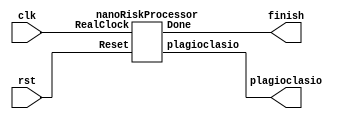
module nanoRiskProcessor2(clk,rst,finish,plagioclasio);
	input clk, rst;
	output finish;
	output[7:0] plagioclasio;
	nanoRiskProcessor nRp(clk,rst,finish,plagioclasio);
	
endmodule

module nanoRiskProcessor(RealClock, Reset, Done,plagioclasio);
	integer i;
	input RealClock, Reset;
	output Done;
	output[7:0] plagioclasio;
	reg[7:0] registers[0:15];
	reg[7:0] data_memory[0:255];
	reg[7:0] inst_memory[0:255];

	reg Clock;

	reg[7:0] next;
	reg[7:0] ghost[1:0];


	reg[3:0] instruction;
	reg[3:0] R0_id,R1_id,R2_id;
	reg[7:0] Extra,Memaddr;
	
	assign plagioclasio = registers[13];
  assign Done = instruction==0;
	always@(posedge RealClock)
	begin
		ghost[Clock]=inst_memory[next];
		Clock=~Clock;
		next=next+1;
		


		if(next[0]==0)
		begin
		instruction=ghost[0][7:4];
		R0_id=ghost[0][3:0];
		R1_id=ghost[1][7:4];
		R2_id=ghost[1][3:0];
		Extra=ghost[1];
		Memaddr=registers[R1_id]+R2_id;
		case(instruction)
			4'b0000://SLP
			begin
				if(registers[R0_id]==0)
					next=next-2;
			end


			4'b0001://BRQ
			begin
				if(registers[R0_id]==registers[R1_id])
					next=registers[R2_id];
			end

			4'b0010://BRF
			begin
				if(registers[R0_id]&registers[R1_id]>0)
				begin
					registers[R0_id]=registers[R0_id]-registers[R1_id];
					next=registers[R2_id];
				end
			end

			4'b0011://ADD
			begin
				if(registers[R1_id]>=8'b10000000 && registers[R2_id]>=8'b10000000 && registers[R1_id]+registers[R2_id]<8'b10000000)
					registers[1][1]=1;//negative overflow
				if(registers[R1_id]<8'b10000000 && registers[R2_id]<8'b10000000 && registers[R1_id]+registers[R2_id]>=8'b10000000)
					registers[1][0]=1;//positive overflow

				registers[R0_id]=registers[R1_id]+registers[R2_id];
			end


			4'b0100://SUB
			begin
				if(registers[R1_id]<8'b10000000 && registers[R2_id]>=8'b10000000 && registers[R1_id]-registers[R2_id]>=8'b10000000)
					registers[1][1]=1;//negative overflow

				registers[R0_id]=registers[R1_id]-registers[R2_id];
			end

			4'b0101://AND
			begin
				registers[R0_id]=registers[R1_id]&registers[R2_id];
			end


			4'b0110://OR
			begin
				registers[R0_id]=registers[R1_id]|registers[R2_id];
			end

			4'b0111://NOR
			begin
				registers[R0_id]=~(registers[R1_id]|registers[R2_id]);
			end

			4'b1000://SLT
			begin
				if(registers[R1_id]<registers[R2_id])
					registers[R0_id]=8'b11111111;
				else
					registers[R0_id]=8'b00000000;
			end


			4'b1001://SR
			begin
				registers[R0_id]=registers[R1_id]>>registers[R2_id];
			end

			4'b1010://SL
			begin
				registers[R0_id]=registers[R1_id]<<registers[R2_id];
			end

			4'b1011://JR
			begin
				if(inst_memory[next][7:4]==4'b0011&&inst_memory[next+1]==8'b00100000)//jal
				begin
					registers[inst_memory[next][3:0]]<=next+2;
					if(R0_id==0)
						next<=Extra;
					else
						next<=registers[R0_id];
				end
				else
				begin
					registers[2]<=next;
					if(R0_id==0)
						next<=Extra;
					else
						next<=registers[R0_id];
				end
			end


			4'b1100://LA
			begin
				registers[R0_id]=Extra;
			end

			4'b1101://LC
			begin
				registers[R0_id]=Extra;
			end


			4'b1110://LW
			begin
				registers[R0_id]=data_memory[Memaddr];
			end

			4'b1111://SW
			begin
				data_memory[Memaddr]=registers[R0_id];
			end

		endcase
		end
	end

	initial //or always@(Reset)
	begin
		next=0;
		ghost[0]=0;
		ghost[1]=0;
		Clock=0;
		instruction=0;
		R0_id=0;
		R1_id=0;
		R2_id=0;
		Extra=0;
		Memaddr=0;
		for(i=0;i<16;i=i+1)
			registers[i]=0;
		for(i=0;i<256;i=i+1)
			data_memory[i]=0;
		for(i=0;i<256;i=i+1)
			inst_memory[i]=0;
		// code down here	

data_memory[0]=8'b00000001;
data_memory[1]=8'b00101100;
data_memory[2]=8'b00000000;
data_memory[3]=8'b10010110;
data_memory[4]=8'b00000010;
data_memory[5]=8'b10011010;
data_memory[6]=8'b00000001;
data_memory[7]=8'b01100101;
data_memory[8]=8'b00000000;
data_memory[9]=8'b11011100;
data_memory[10]=8'b00000001;
data_memory[11]=8'b11100000;
data_memory[12]=8'b00000001;
data_memory[13]=8'b00010100;
data_memory[14]=8'b00000010;
data_memory[15]=8'b10011010;
data_memory[16]=8'b00000001;
data_memory[17]=8'b00000010;
data_memory[18]=8'b00000010;
data_memory[19]=8'b00001000;
data_memory[20]=8'b00101000;
data_memory[21]=8'b00011010;
data_memory[22]=8'b00011100;
data_memory[23]=8'b00010000;









inst_memory[0]=8'b11000111;
inst_memory[1]=8'b00010000;
inst_memory[2]=8'b11001000;
inst_memory[3]=8'b00010100;
inst_memory[4]=8'b11100111;
inst_memory[5]=8'b01110000;
inst_memory[6]=8'b11101000;
inst_memory[7]=8'b10000000;
inst_memory[8]=8'b11010010;
inst_memory[9]=8'b10000000;
inst_memory[10]=8'b10110010;
inst_memory[11]=8'b00000000;
inst_memory[12]=8'b00110100;
inst_memory[13]=8'b00100000;
inst_memory[14]=8'b00111011;
inst_memory[15]=8'b01010000;
inst_memory[16]=8'b00111100;
inst_memory[17]=8'b01100000;
inst_memory[18]=8'b11000111;
inst_memory[19]=8'b00010001;
inst_memory[20]=8'b11001000;
inst_memory[21]=8'b00010101;
inst_memory[22]=8'b11100111;
inst_memory[23]=8'b01110000;
inst_memory[24]=8'b11101000;
inst_memory[25]=8'b10000000;
inst_memory[26]=8'b11010010;
inst_memory[27]=8'b10000000;
inst_memory[28]=8'b10110010;
inst_memory[29]=8'b00000000;
inst_memory[30]=8'b00110100;
inst_memory[31]=8'b00100000;
inst_memory[32]=8'b00111011;
inst_memory[33]=8'b01011011;
inst_memory[34]=8'b00111100;
inst_memory[35]=8'b01101100;
inst_memory[36]=8'b11000111;
inst_memory[37]=8'b00010010;
inst_memory[38]=8'b11001000;
inst_memory[39]=8'b00010110;
inst_memory[40]=8'b11100111;
inst_memory[41]=8'b01110000;
inst_memory[42]=8'b11101000;
inst_memory[43]=8'b10000000;
inst_memory[44]=8'b11010010;
inst_memory[45]=8'b10000000;
inst_memory[46]=8'b10110010;
inst_memory[47]=8'b00000000;
inst_memory[48]=8'b00110100;
inst_memory[49]=8'b00100000;
inst_memory[50]=8'b00111011;
inst_memory[51]=8'b01011011;
inst_memory[52]=8'b00111100;
inst_memory[53]=8'b01101100;
inst_memory[54]=8'b11000111;
inst_memory[55]=8'b00010011;
inst_memory[56]=8'b11001000;
inst_memory[57]=8'b00010111;
inst_memory[58]=8'b11100111;
inst_memory[59]=8'b01110000;
inst_memory[60]=8'b11101000;
inst_memory[61]=8'b10000000;
inst_memory[62]=8'b11010010;
inst_memory[63]=8'b10000000;
inst_memory[64]=8'b10110010;
inst_memory[65]=8'b00000000;
inst_memory[66]=8'b00110100;
inst_memory[67]=8'b00100000;
inst_memory[68]=8'b00111100;
inst_memory[69]=8'b01101100;
inst_memory[70]=8'b00111011;
inst_memory[71]=8'b01011011;
inst_memory[72]=8'b11010111;
inst_memory[73]=8'b00000010;
inst_memory[74]=8'b11010010;
inst_memory[75]=8'b01010000;
inst_memory[76]=8'b00100001;
inst_memory[77]=8'b01110010;
inst_memory[78]=8'b10110000;
inst_memory[79]=8'b01010100;
inst_memory[80]=8'b11010010;
inst_memory[81]=8'b00000001;
inst_memory[82]=8'b00111100;
inst_memory[83]=8'b11000010;
inst_memory[84]=8'b00110001;
inst_memory[85]=8'b00000000;
inst_memory[86]=8'b11011101;
inst_memory[87]=8'b00000000;
inst_memory[88]=8'b11001110;
inst_memory[89]=8'b00000000;
inst_memory[90]=8'b11010010;
inst_memory[91]=8'b00001000;
inst_memory[92]=8'b10000111;
inst_memory[93]=8'b11010010;
inst_memory[94]=8'b11010010;
inst_memory[95]=8'b01111010;
inst_memory[96]=8'b00010111;
inst_memory[97]=8'b00000010;
inst_memory[98]=8'b11101001;
inst_memory[99]=8'b11100000;
inst_memory[100]=8'b11101000;
inst_memory[101]=8'b11100001;
inst_memory[102]=8'b01001001;
inst_memory[103]=8'b10011100;
inst_memory[104]=8'b01001000;
inst_memory[105]=8'b10001011;
inst_memory[106]=8'b00110111;
inst_memory[107]=8'b10011000;
inst_memory[108]=8'b11010010;
inst_memory[109]=8'b01111010;
inst_memory[110]=8'b00010000;
inst_memory[111]=8'b01110010;
inst_memory[112]=8'b11010010;
inst_memory[113]=8'b00000001;
inst_memory[114]=8'b00111101;
inst_memory[115]=8'b11010010;
inst_memory[116]=8'b11010010;
inst_memory[117]=8'b00000010;
inst_memory[118]=8'b00111110;
inst_memory[119]=8'b11100010;
inst_memory[120]=8'b10110000;
inst_memory[121]=8'b01011010;
inst_memory[122]=8'b11010010;
inst_memory[123]=8'b00000001;
inst_memory[124]=8'b00111101;
inst_memory[125]=8'b11010010;
inst_memory[126]=8'b00000001;
inst_memory[127]=8'b00000000;
inst_memory[128]=8'b11010010;
inst_memory[129]=8'b00000001;
inst_memory[130]=8'b01000011;
inst_memory[131]=8'b00110010;
inst_memory[132]=8'b11111011;
inst_memory[133]=8'b00110000;
inst_memory[134]=8'b11010010;
inst_memory[135]=8'b00000001;
inst_memory[136]=8'b01000011;
inst_memory[137]=8'b00110010;
inst_memory[138]=8'b11111100;
inst_memory[139]=8'b00110000;
inst_memory[140]=8'b10001011;
inst_memory[141]=8'b01111000;
inst_memory[142]=8'b11010010;
inst_memory[143]=8'b10011000;
inst_memory[144]=8'b00011011;
inst_memory[145]=8'b00000010;
inst_memory[146]=8'b00111011;
inst_memory[147]=8'b01110000;
inst_memory[148]=8'b00111100;
inst_memory[149]=8'b10000000;
inst_memory[150]=8'b10110000;
inst_memory[151]=8'b10011100;
inst_memory[152]=8'b00111011;
inst_memory[153]=8'b10000000;
inst_memory[154]=8'b00111100;
inst_memory[155]=8'b01110000;
inst_memory[156]=8'b11010101;
inst_memory[157]=8'b00000000;
inst_memory[158]=8'b11010110;
inst_memory[159]=8'b00000000;
inst_memory[160]=8'b00110001;
inst_memory[161]=8'b00000000;
inst_memory[162]=8'b11010010;
inst_memory[163]=8'b10110100;
inst_memory[164]=8'b00011011;
inst_memory[165]=8'b00000010;
inst_memory[166]=8'b00110101;
inst_memory[167]=8'b01011100;
inst_memory[168]=8'b11010111;
inst_memory[169]=8'b00000010;
inst_memory[170]=8'b11010010;
inst_memory[171]=8'b11111111;
inst_memory[172]=8'b00111011;
inst_memory[173]=8'b10110010;
inst_memory[174]=8'b11010010;
inst_memory[175]=8'b11000010;
inst_memory[176]=8'b00100001;
inst_memory[177]=8'b01110010;
inst_memory[178]=8'b10110000;
inst_memory[179]=8'b10100000;
inst_memory[180]=8'b11101100;
inst_memory[181]=8'b00110000;
inst_memory[182]=8'b11010010;
inst_memory[183]=8'b00000001;
inst_memory[184]=8'b00110011;
inst_memory[185]=8'b00110010;
inst_memory[186]=8'b11101011;
inst_memory[187]=8'b00110000;
inst_memory[188]=8'b11010010;
inst_memory[189]=8'b00000001;
inst_memory[190]=8'b00110011;
inst_memory[191]=8'b00110010;
inst_memory[192]=8'b10110100;
inst_memory[193]=8'b00000000;
inst_memory[194]=8'b11010010;
inst_memory[195]=8'b00000001;
inst_memory[196]=8'b00110110;
inst_memory[197]=8'b01100010;
inst_memory[198]=8'b10110000;
inst_memory[199]=8'b10100000;










		
	end
endmodule